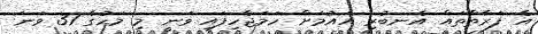
އެ ފަރާތްތައް އެނބުރި އައުމަށް ހަަމަޖެހިފައި ވަނީ މި މަހުގެ 31 ވަނަ